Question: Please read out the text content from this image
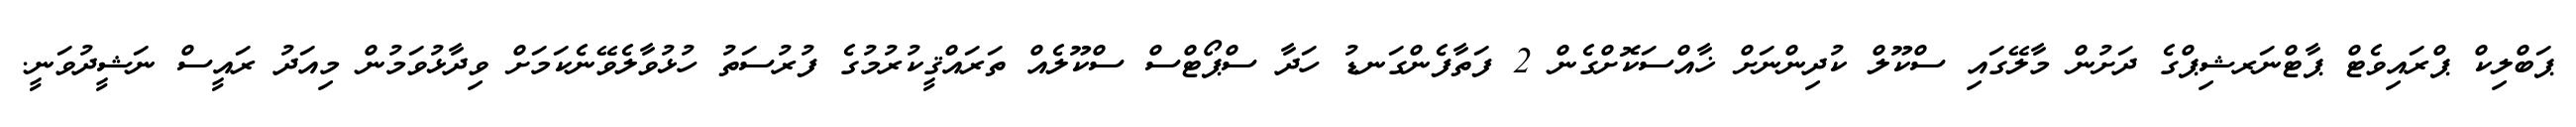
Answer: ޕަބްލިކް ޕްރައިވެޓް ޕާޓްނަރޝިޕްގެ ދަށުން މާލޭގައި ސްކޫލް ކުދިންނަށް ޚާއްސަކޮށްގެން 2 ފަތާފެންގަނޑު ހަދާ ސްޕޯޓްސް ސްކޫލެއް ތަރައްޤީކުރުމުގެ ފުރުސަތު ހުޅުވާލެވޭނެކަމަށް ވިދާޅުވަމުން މިއަދު ރައީސް ނަޝީދުވަނީ.